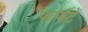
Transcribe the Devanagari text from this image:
फॉर्मेटें